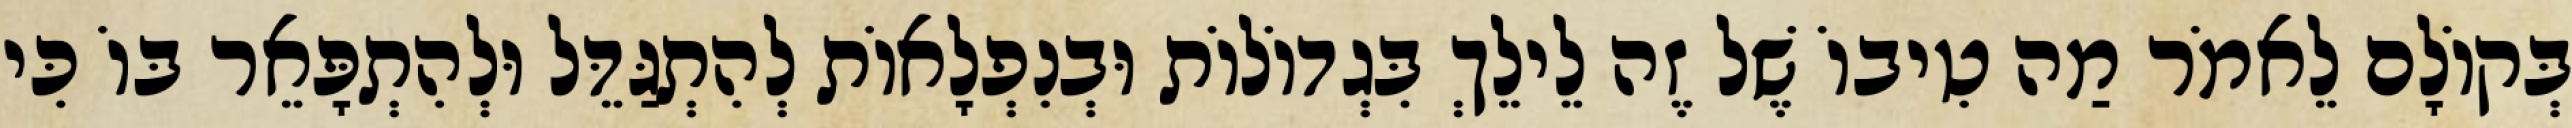
בְּקוֹלָם לֵאמֹר מַה טִיבוֹ שֶׁל זֶה לֵילֵךְ בִּגְדוֹלוֹת וּבְנִפְלָאוֹת לְהִתְגַּדֵּל וּלְהִתְפָּאֵר בּוֹ כִּי